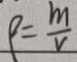
\rho = \frac { m } { v }